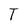
Character: T